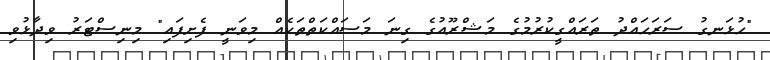
"ހުޅަނގު ސަރަހައްދު ތަރައްގީކުރުމުގެ މަޝްރޫއުގެ ގިނަ މަސައްކަތްތަކެއް މިވަނީ ފެށިފައި" މިނިސްޓަރު ވިދާޅުވި